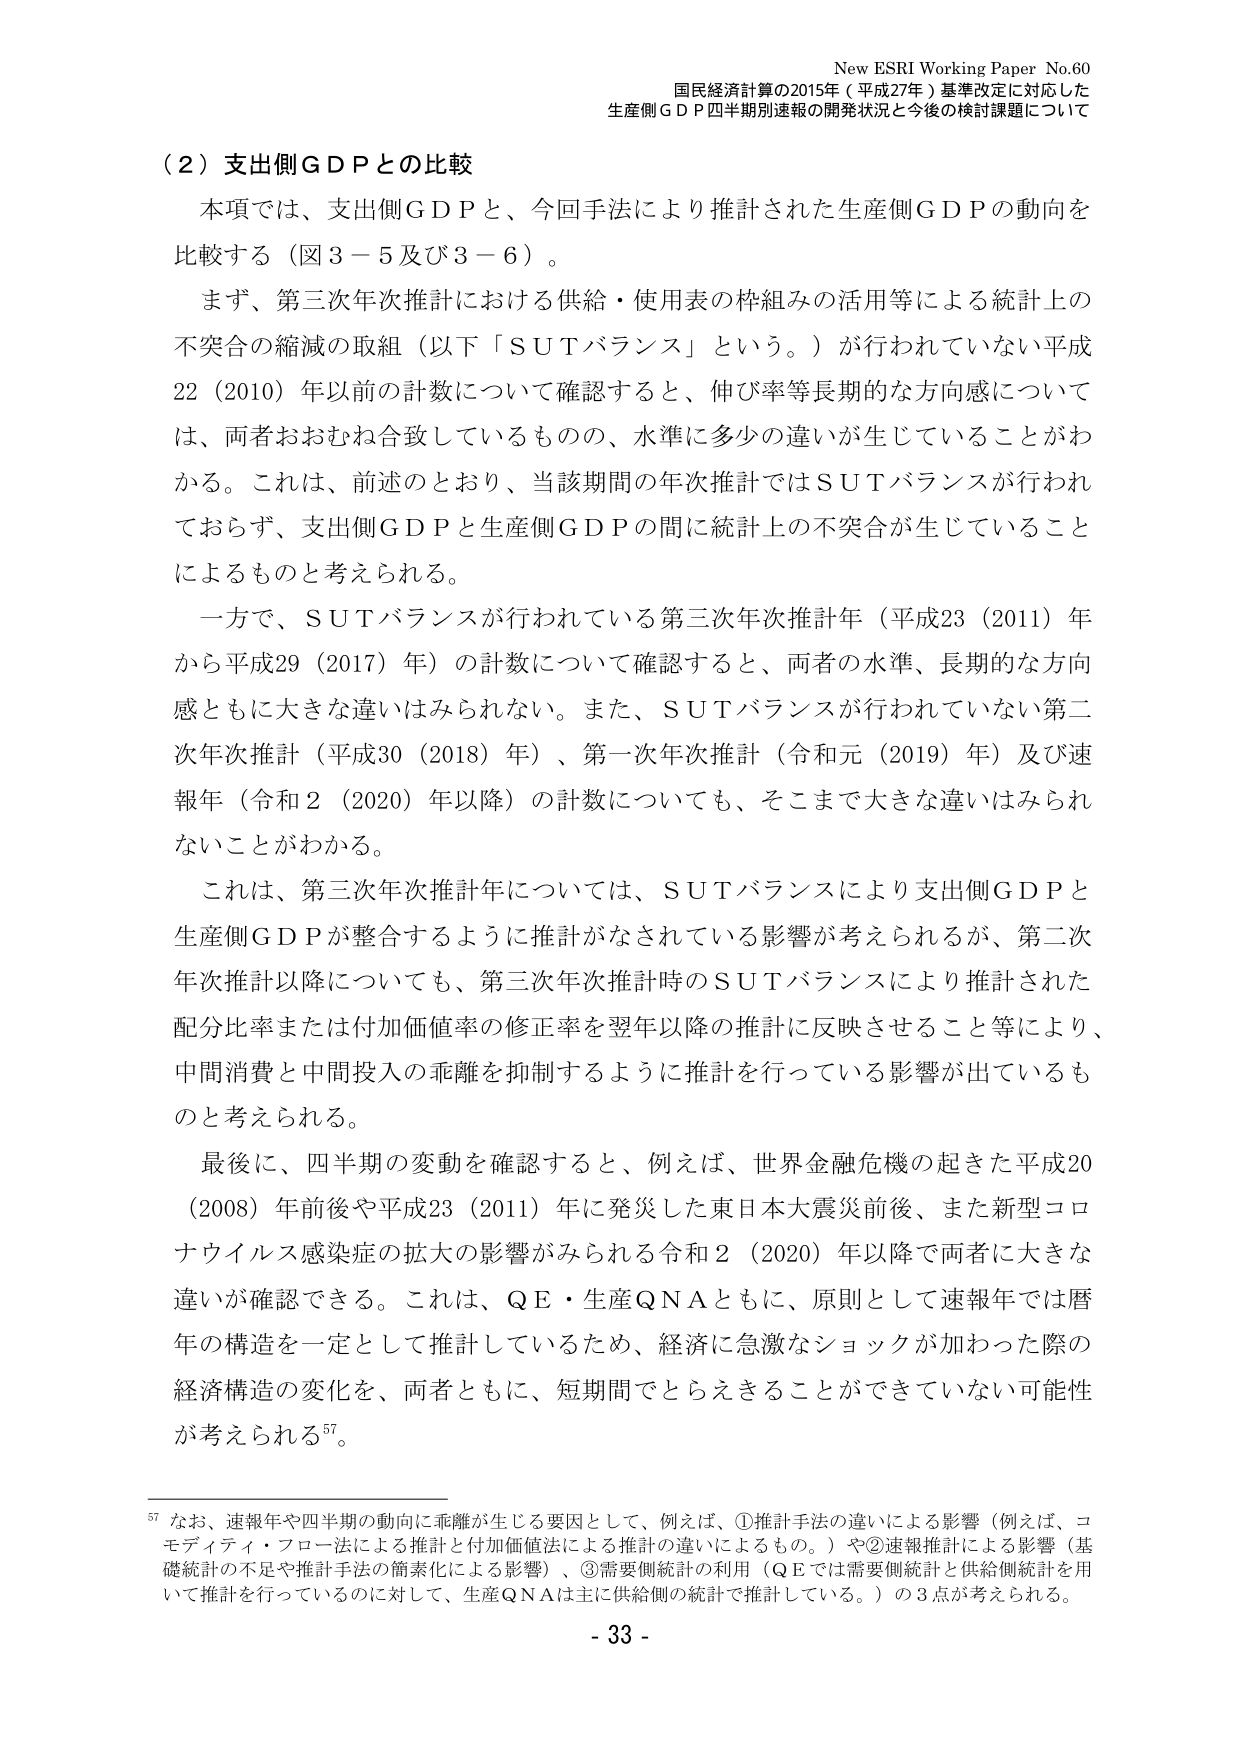
New ESRI Working Paper No.60
国民経済計算の2015年（平成27年）基準改定に対応した
生産側ＧＤＰ四半期別速報の開発状況と今後の検討課題について

（２）支出側ＧＤＰとの比較
　本項では、支出側ＧＤＰと、今回手法により推計された生産側ＧＤＰの動向を
比較する（図３－５及び３－６）。
　まず、第三次年次推計における供給・使用表の枠組みの活用等による統計上の
不突合の縮減の取組（以下「ＳＵＴバランス」という。）が行われていない平成
22（2010）年以前の計数について確認すると、伸び率等長期的な方向感について
は、両者おおむね合致しているものの、水準に多少の違いが生じていることがわ
かる。これは、前述のとおり、当該期間の年次推計ではＳＵＴバランスが行われ
ておらず、支出側ＧＤＰと生産側ＧＤＰの間に統計上の不突合が生じていること
によるものと考えられる。
　一方で、ＳＵＴバランスが行われている第三次年次推計年（平成23（2011）年
から平成29（2017）年）の計数について確認すると、両者の水準、長期的な方向
感ともに大きな違いはみられない。また、ＳＵＴバランスが行われていない第二
次年次推計（平成30（2018）年）、第一次年次推計（令和元（2019）年）及び速
報年（令和２（2020）年以降）の計数についても、そこまで大きな違いはみられ
ないことがわかる。
　これは、第三次年次推計年については、ＳＵＴバランスにより支出側ＧＤＰと
生産側ＧＤＰが整合するように推計がなされている影響が考えられるが、第二次
年次推計以降についても、第三次年次推計時のＳＵＴバランスにより推計された
配分比率または付加価値率の修正率を翌年以降の推計に反映させること等により、
中間消費と中間投入の乖離を抑制するように推計を行っている影響が出ているも
のと考えられる。
　最後に、四半期の変動を確認すると、例えば、世界金融危機の起きた平成20
（2008）年前後や平成23（2011）年に発災した東日本大震災前後、また新型コロ
ナウイルス感染症の拡大の影響がみられる令和２（2020）年以降で両者に大きな
違いが確認できる。これは、ＱＥ・生産ＱＮＡともに、原則として速報年では暦
年の構造を一定として推計しているため、経済に急激なショックが加わった際の
経済構造の変化を、両者ともに、短期間でとらえることができていない可能性
が考えられる⁵⁷。

⁵⁷ なお、速報年や四半期の動向に乖離が生じる要因として、例えば、①推計手法の違いによる影響（例えば、コ
モディティ・フロー法による推計と付加価値法による推計の違いによるもの。）や②速報推計による影響（基
礎統計の不足や推計手法の簡素化による影響）、③需要側統計の利用（ＱＥでは需要側統計と供給側統計を用
いて推計を行っているのに対して、生産ＱＮＡは主に供給側の統計で推計している。）の３点が考えられる。

- 33 -